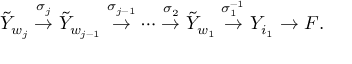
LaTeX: \tilde { Y } _ { w _ { j } } \stackrel { \sigma _ { j } } { \rightarrow } \tilde { Y } _ { w _ { j - 1 } } \stackrel { \sigma _ { j - 1 } } { \rightarrow } \cdots \stackrel { \sigma _ { 2 } } { \rightarrow } \tilde { Y } _ { w _ { 1 } } \stackrel { \sigma _ { 1 } ^ { - 1 } } { \rightarrow } Y _ { i _ { 1 } } \rightarrow F .